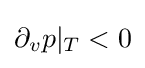
\partial _{v}p|_{T}<0